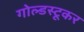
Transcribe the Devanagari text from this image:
गोल्डस्टूकर